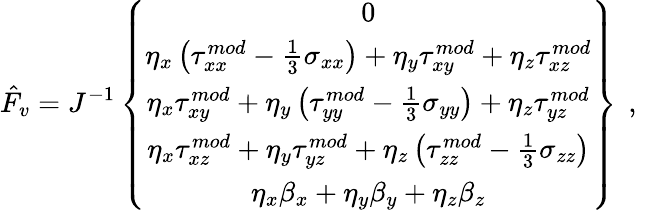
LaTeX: \hat{F}_{v}=J^{-1}\left\{ \begin{array}{c}{0}\\ {\eta_{x}\left({\tau}_{xx}^{mod}-\frac{1}{3}\sigma_{xx}\right)+\eta_{y}{\tau}_{xy}^{mod}+\eta_{z}{\tau}_{xz}^{mod}}\\ {\eta_{x}{\tau}_{xy}^{mod}+\eta_{y}\left({\tau}_{yy}^{mod}-\frac{1}{3}\sigma_{yy}\right)+\eta_{z}{\tau}_{yz}^{mod}}\\ {\eta_{x}{\tau}_{xz}^{mod}+\eta_{y}{\tau}_{yz}^{mod}+\eta_{z}\left({\tau}_{zz}^{mod}-\frac{1}{3}\sigma_{zz}\right)}\\ {\eta_{x}{\beta}_{x}+\eta_{y}{\beta}_{y}+\eta_{z}{\beta}_{z}}\end{array}\right\} \, \mathrm{~,~}